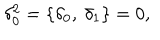
LaTeX: \delta _ { 0 } ^ { 2 } = \lbrace \delta _ { 0 } , \ \delta _ { 1 } \rbrace = 0 ,